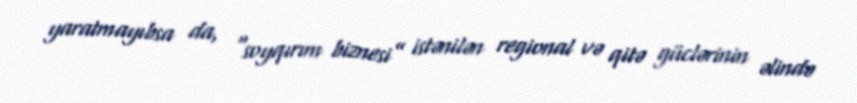
yaratmayıbsa da, “soyqırım biznesi” istənilən regional və qitə güclərinin əlində